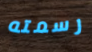
رسمته